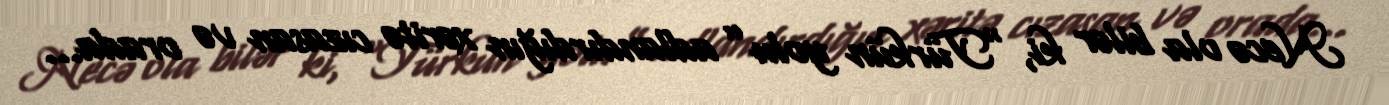
Necə ola bilər ki, “Türkün yolu” adlandırdığın xəritə cızasan və orada...